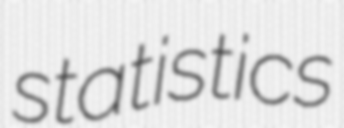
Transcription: statistics